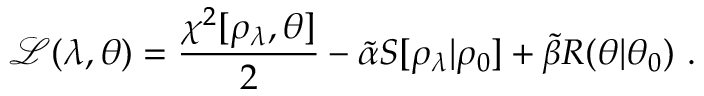
\mathcal { L } ( \lambda , \theta ) = \frac { \chi ^ { 2 } [ \rho _ { \lambda } , \theta ] } { 2 } - \tilde { \alpha } S [ \rho _ { \lambda } | \rho _ { 0 } ] + \tilde { \beta } R ( \theta | \theta _ { 0 } ) ~ .